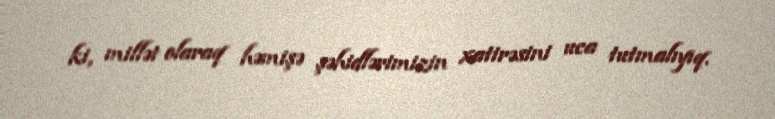
ki, millət olaraq həmişə şəhidlərimizin xatirəsini uca tutmalıyıq.